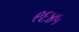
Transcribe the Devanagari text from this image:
९६४५